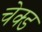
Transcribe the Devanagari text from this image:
चेक्ड